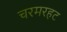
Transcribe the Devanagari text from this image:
चरमरहट